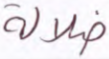
ضلالة